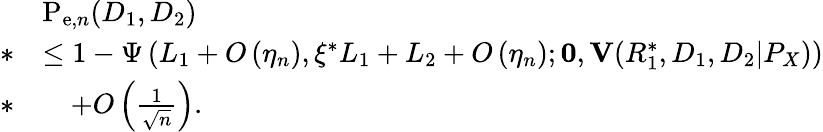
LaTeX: \begin{array}{rl}&{\mathrm{P}_{\mathrm{e},n}(D_{1},D_{2})}\\ {*}&{\leq 1-\Psi\left(L_{1}+O\left(\eta_{n}\right),\xi^{*}L_{1}+L_{2}+O\left(\eta_{n}\right);\mathbf{0},\mathbf{V}(R_{1}^{*},D_{1},D_{2}|P_{X})\right)}\\ {*}&{\quad+O\left(\frac{1}{\sqrt{n}}\right).}\end{array}